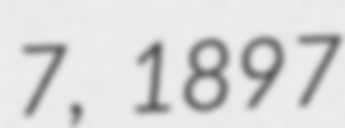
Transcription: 7, 1897